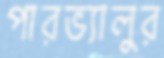
পারভ্যালুর